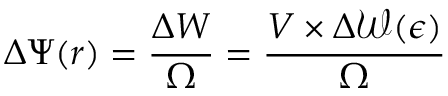
\Delta \Psi ( r ) = \frac { \Delta W } { \Omega } = \frac { V \times \Delta { \mathcal { W } ( \epsilon ) } } { \Omega }